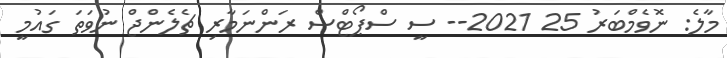
މާލެ: ނޮވެމްބަރު 25 2021-- ސީ ސްޕޯޓްސް ރަންނަމާރި ޗެލެންޖް ނުވަތަ ގައުމީ